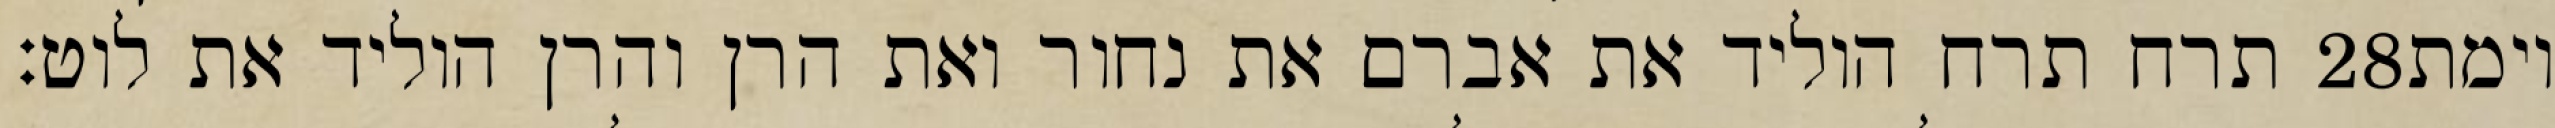
תרח תרח הוליד את אברם את נחור ואת הרן והרן הוליד את לוט׃ ‎28‏ וימת